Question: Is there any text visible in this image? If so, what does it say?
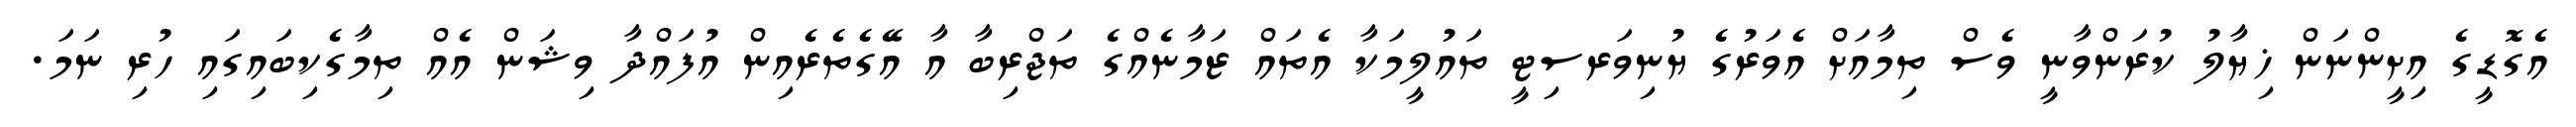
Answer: އެގޮޑީގެ އިށީންނަން ޚިޔާލު ކުރަންވާނީ ވެސް ތިމާއަށް އެވަރުގެ ޔުނިވަރސިޓީ ތައުލީމަކާ އެތައް ޒަމާނެއްގެ ތަޖްރިބާ އާ އޭގެތެރެއިން އުފައްދާ ވިޝަން އެއް ތިމާގެކިބައިގައި ހުރި ނަމަ.